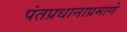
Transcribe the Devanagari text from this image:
पंतप्रधानाप्रमाणे